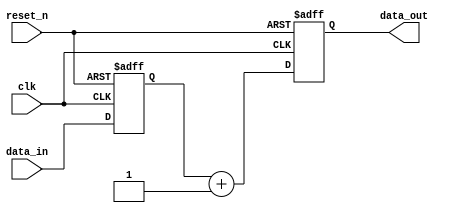
module example_design (
    input wire clk,       // Clock input
    input wire reset_n,   // Active-low reset signal
    input wire [7:0] data_in, // 8-bit data input
    output reg [7:0] data_out // 8-bit data output
);

    // State variable
    reg [7:0] internal_state;

    // Always block triggered on the positive edge of the clock
    always @(posedge clk or negedge reset_n) begin
        if (!reset_n) begin
            // Reset condition: Initialize the state and output
            internal_state <= 8'b0;
            data_out <= 8'b0;
        end else begin
            // Sequential logic: Update the state based on input
            internal_state <= data_in;
            data_out <= internal_state + 1; // Example operation
        end
    end

endmodule